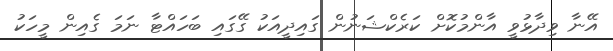
އޭނާ ވިދާޅުވީ އާންމުކޮށް ކަރެކްޝަނުން ގައިދީއަކު ގޭގައި ބަހައްޓާ ނަމަ ގެއިން މީހަކު